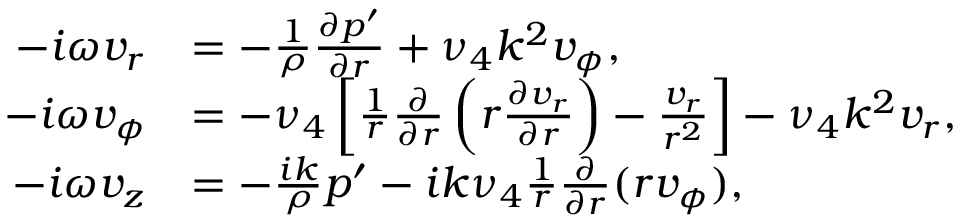
\begin{array} { r l } { - i \omega v _ { r } } & { = - \frac { 1 } { \rho } \frac { \partial p ^ { \prime } } { \partial r } + \nu _ { 4 } k ^ { 2 } v _ { \phi } , } \\ { - i \omega v _ { \phi } } & { = - \nu _ { 4 } \left[ \frac { 1 } { r } \frac { \partial } { \partial r } \left( r \frac { \partial v _ { r } } { \partial r } \right) - \frac { v _ { r } } { r ^ { 2 } } \right] - \nu _ { 4 } k ^ { 2 } v _ { r } , } \\ { - i \omega v _ { z } } & { = - \frac { i k } { \rho } p ^ { \prime } - i k \nu _ { 4 } \frac { 1 } { r } \frac { \partial } { \partial r } ( r v _ { \phi } ) , } \end{array}